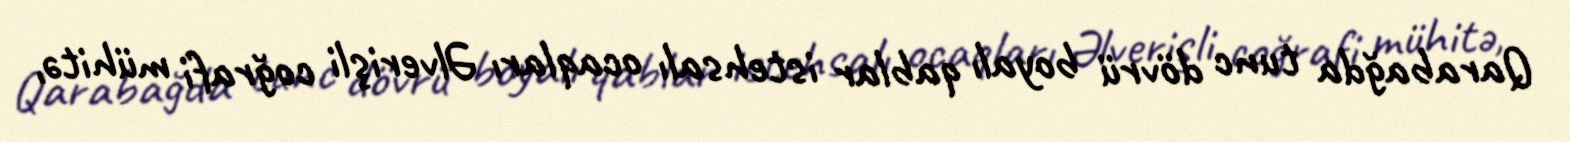
Qarabağda tunc dövrü boyalı qablar istehsalı ocaqları Əlverişli coğrafi mühitə,